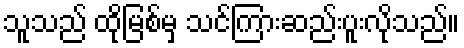
သူသည် ထိုမြစ်မှ သင်ကြားဆည်းပူးလိုသည်။